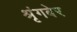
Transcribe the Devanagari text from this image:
श्रृंगबेर